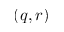
( q , r )